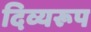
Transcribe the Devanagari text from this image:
दिव्यरूप